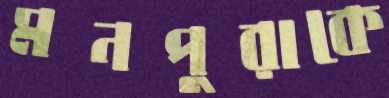
মনপুরাকে